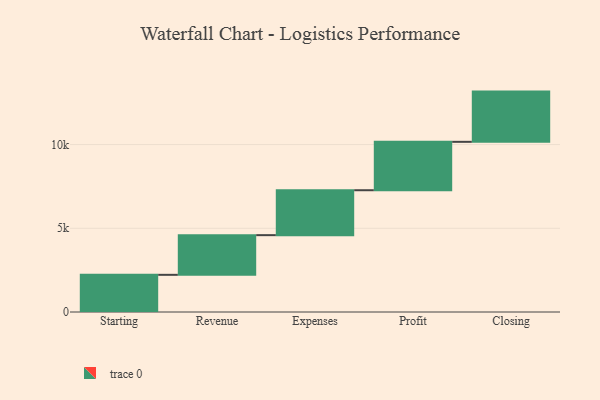
{"axis": {"x": "Step", "y": "Value"}, "legend": [""], "data": [{"x": "Starting", "y": 2220.0, "type": ""}, {"x": "Revenue", "y": 2370.0, "type": ""}, {"x": "Expenses", "y": 2683.0, "type": ""}, {"x": "Profit", "y": 2891.0, "type": ""}, {"x": "Closing", "y": 3000, "type": ""}]}